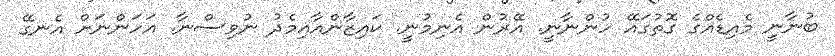
ބުނާނީ މެއިޑެއްގެ ގޮތުގައޭ ހުންނާނީ. އޭރުން އެނިމުނީ. ކައިޒާންއާއިމެދު ނުވިސްނާ. އަހަންނަށް އެނގޭ